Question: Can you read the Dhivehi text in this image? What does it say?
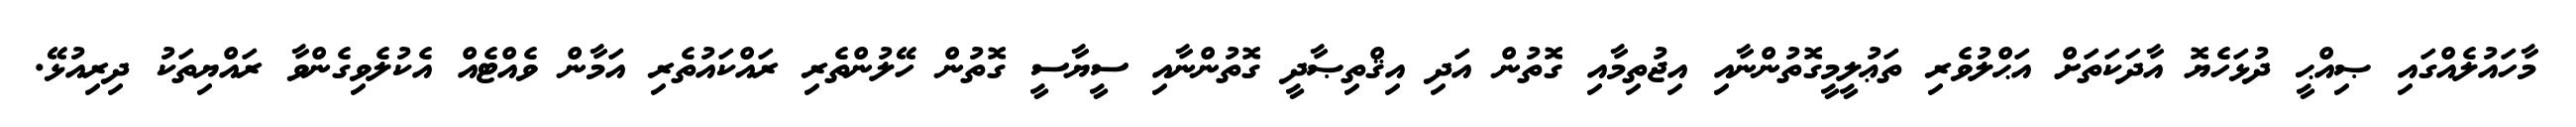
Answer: މާހައުލެއްގައި ޞިއްޙީ ދުޅަހެޔޮ އާދަކަތަށް އަޙްލުވެރި ތަޢުލީމީގޮތުންނާއި އިޖުތިމާއި ގޮތުން އަދި އިޤްތިޞާދީ ގޮތުންނާއި ސީޔާސީ ގޮތުން ހޭލުންތެރި ރައްކައުތެރި އަމާން ވެއްޓެއް އެކުލެވިގެންވާ ރައްޔިތަކު ދިރިއުޅޭ.